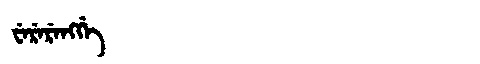
Manchu: ᠸᡝᡵᡝᡵᡝᠩᡤᡝ
Romanization: WERERENGGE